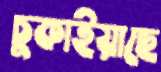
চুকাইয়াছে